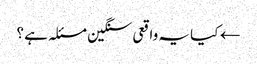
← کیا یہ واقعی سنگین مسئلہ ہے ؟